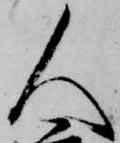
人